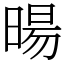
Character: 暘